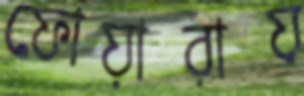
ফোয়ারায়